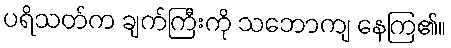
ပရိသတ်က ချက်ကြီးကို သဘောကျ နေကြ၏။